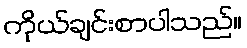
ကိုယ်ချင်းစာပါသည်။